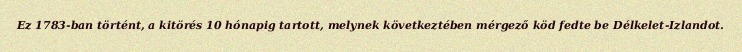
Ez 1783-ban történt, a kitörés 10 hónapig tartott, melynek következtében mérgező köd fedte be Délkelet-Izlandot.